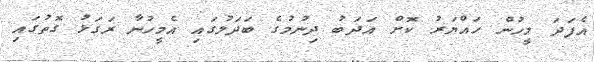
އެފަދަ މީހުން ހައްޔަރު ކޮށް އަދަބު ދިނުމުގެ ބަދަލުގައި އެމީހުނާ ރަގަޅު ގޮތުގައި